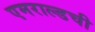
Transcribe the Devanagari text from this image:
एमराल्डची